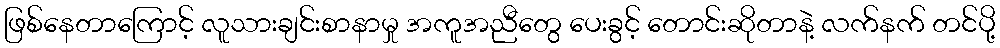
ဖြစ်နေတာကြောင့် လူသားချင်းစာနာမှု အကူအညီတွေ ပေးခွင့် တောင်းဆိုတာနဲ့ လက်နက် တင်ပို့